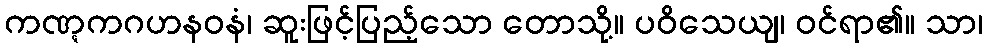
ကဏ္ဋကဂဟနဝနံ၊ ဆူးဖြင့်ပြည့်သော တောသို့။ ပဝိသေယျ၊ ဝင်ရာ၏။ သာ၊